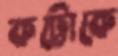
কট্টোকে